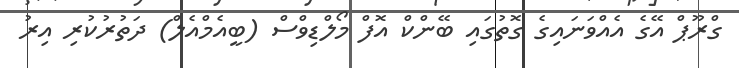
ގްރޫޕް އޭގެ އެއްވަނައިގެ ގޮތުގައި ބޭންކް އޮފް މޯލްޑިވްސް (ބީއެމްއެލް) ދަތުރުކުރި އިރު